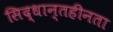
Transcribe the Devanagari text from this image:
सिद्धान्तहीनता